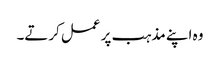
وہ اپنے مذہب پر عمل کرتے۔